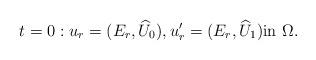
LaTeX: \begin{align*}t=0: u_r=(E_r, \widehat U_0), u_r'=(E_r, \widehat U_1)\hbox{in } \Omega.\end{align*}